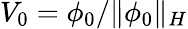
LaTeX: V_{0}=\phi_{0}/\lVert\phi_{0}\rVert_{H}